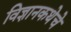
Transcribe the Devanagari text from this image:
विज्ञानकथेचे